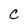
Character: C